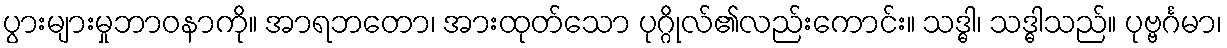
ပွားများမှုဘာဝနာကို။ အာရဘတော၊ အားထုတ်သော ပုဂ္ဂိုလ်၏လည်းကောင်း။ သဒ္ဓါ၊ သဒ္ဓါသည်။ ပုဗ္ဗင်္ဂမာ၊